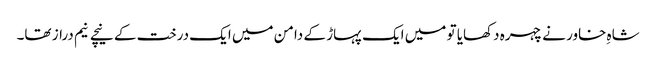
شاہِ خاور نے چہرہ دکھایا تو میں ایک پہاڑ کے دامن میں ایک درخت کے نیچے نیم دراز تھا۔